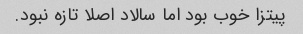
پیتزا خوب بود اما سالاد اصلا تازه نبود.